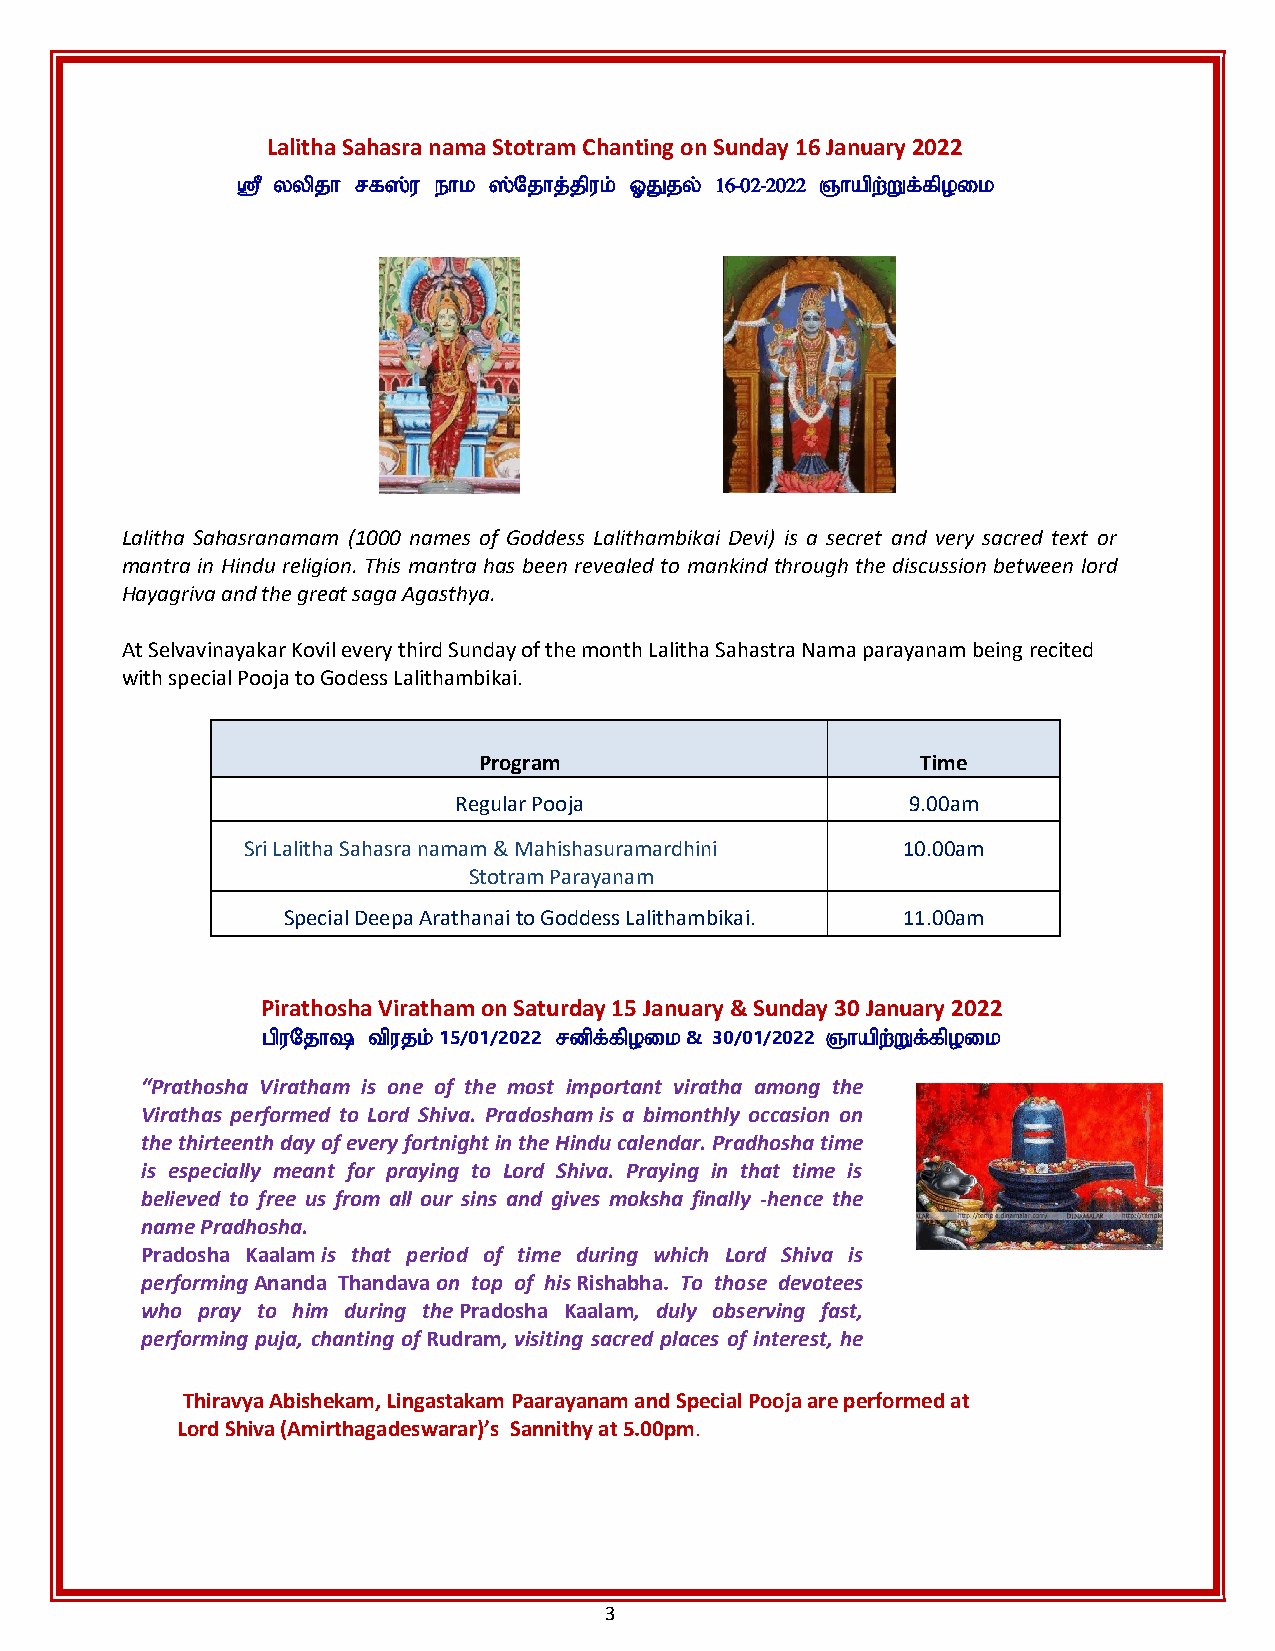
Lalitha Sahasra nama Stotram Chanting on Sunday 16 January 2022
 ஸ்ரீ yypjh rf];u ehk ];Njhj;jpuk; XJjy; 16-02-2022 Qhapw;Wf;fpoik
 Lalitha Sahasranamam (1000 names of Goddess Lalithambikai Devi) is a secret and very sacred text or
 mantra in Hindu religion. This mantra has been revealed to mankind through the discussion between lord
 Hayagriva and the great saga Agasthya.
 At Selvavinayakar Kovil every third Sunday of the month Lalitha Sahastra Nama parayanam being recited
 with special Pooja to Godess Lalithambikai.
 Program                      Time
 Regular Pooja                 9.00am
 Sri Lalitha Sahasra namam & Mahishasuramardhini 10.00am
 Stotram Parayanam
 Special Deepa Arathanai to Goddess Lalithambikai. 11.00am
 Pirathosha Viratham on Saturday 15 January & Sunday 30 January 2022
 gpuNjh\ tpujk; 15/01/2022 rdpf;fpoik & 30/01/2022 Qhapw;Wf;fpoik
 “Prathosha Viratham is one of the most important viratha among the
 Virathas performed to Lord Shiva. Pradosham is a bimonthly occasion on
 the thirteenth day of every fortnight in the Hindu calendar. Pradhosha time
 is especially meant for praying to Lord Shiva. Praying in that time is
 believed to free us from all our sins and gives moksha finally -hence the
 name Pradhosha.
 Pradosha Kaalam is that period of time during which Lord Shiva is
 performing Ananda Thandava on top of his Rishabha. To those devotees
 who pray to him during the Pradosha Kaalam, duly observing fast,
 performing puja, chanting of Rudram, visiting sacred places of interest, he
 brings prosperity and happiness in life.
 Thiravya Abishekam, Lingastakam Paarayanam and Special Pooja are performed at
 Lord Shiva (Amirthagadeswarar)’s Sannithy at 5.00pm.
 3